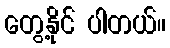
တွေ့နိုင် ပါတယ်။